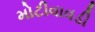
મોટીવાવડી